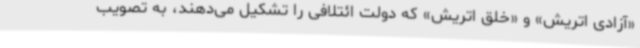
«آزادی اتریش» و «خلق اتریش» که دولت ائتلافی را تشکیل می‌دهند، به تصویب